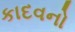
કાદવનો